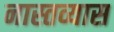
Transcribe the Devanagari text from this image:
नास्तव्यास